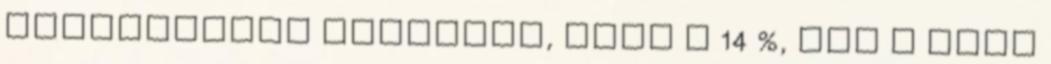
gyerekeknél kevesebb, mint a 14 %, míg a roma